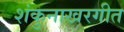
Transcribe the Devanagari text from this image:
शंकुनाखरगीत